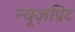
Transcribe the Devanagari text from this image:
न्यूज़प्रिंट